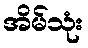
အိမ်သုံး